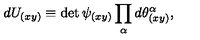
d U _ { ( x y ) } \equiv \det \psi _ { ( x y ) } \prod _ { \alpha } d \theta _ { ( x y ) } ^ { \alpha } ,